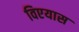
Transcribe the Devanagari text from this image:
विएयास